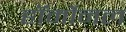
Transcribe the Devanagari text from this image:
हॉर्मोनल